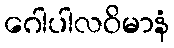
ဂေါပါလဝိမာနံ